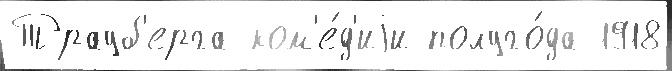
Трауб'ерга ком'е́д'иjи полуго́да 1918